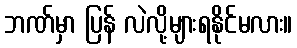
ဘဏ်မှာ ပြန် လဲလို့များရနိုင်မလား။